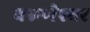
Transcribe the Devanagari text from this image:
वरूणेश्वर